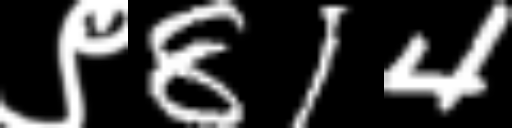
Text: ९814